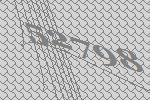
52798